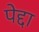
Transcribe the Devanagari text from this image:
पेद्दा